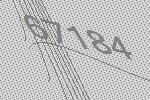
67184